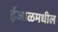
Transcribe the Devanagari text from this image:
ईजाळमधील